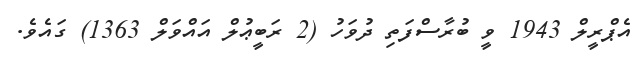
އެޕްރީލް 1943 ވީ ބުރާސްފަތި ދުވަހު (2 ރަބީޢުލް އައްވަލް 1363) ގައެވެ.